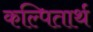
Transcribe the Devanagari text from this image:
कल्पितार्थ